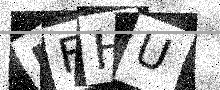
Text: IFHU